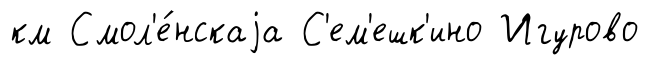
км Смол'е́нскаjа С'ем'ешк'ино Игурово